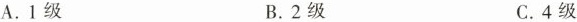
A.1级 B.2级 C.4级